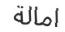
امالة